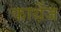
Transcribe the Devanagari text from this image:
कार्थ़ेज